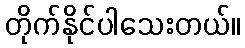
တိုက်နိုင်ပါသေးတယ်။